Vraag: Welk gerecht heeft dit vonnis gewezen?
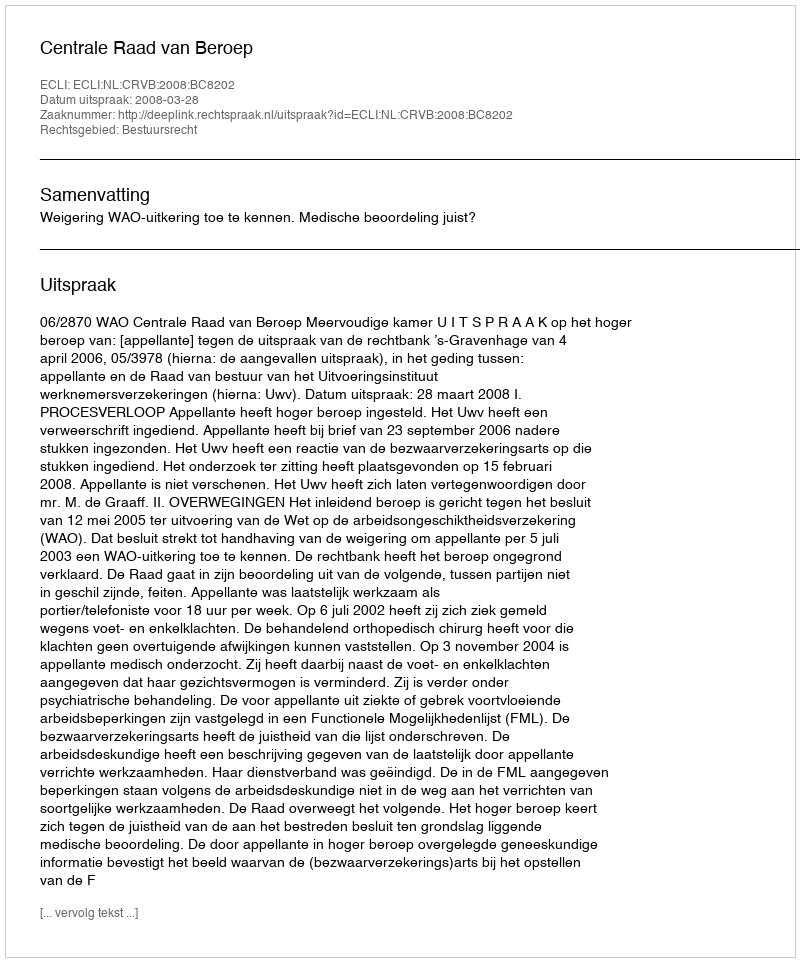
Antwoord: Centrale Raad van Beroep